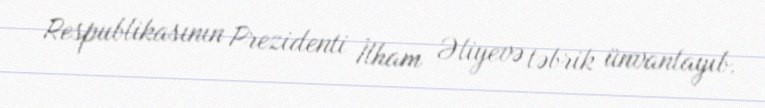
Respublikasının Prezidenti İlham Əliyevə təbrik ünvanlayıb.